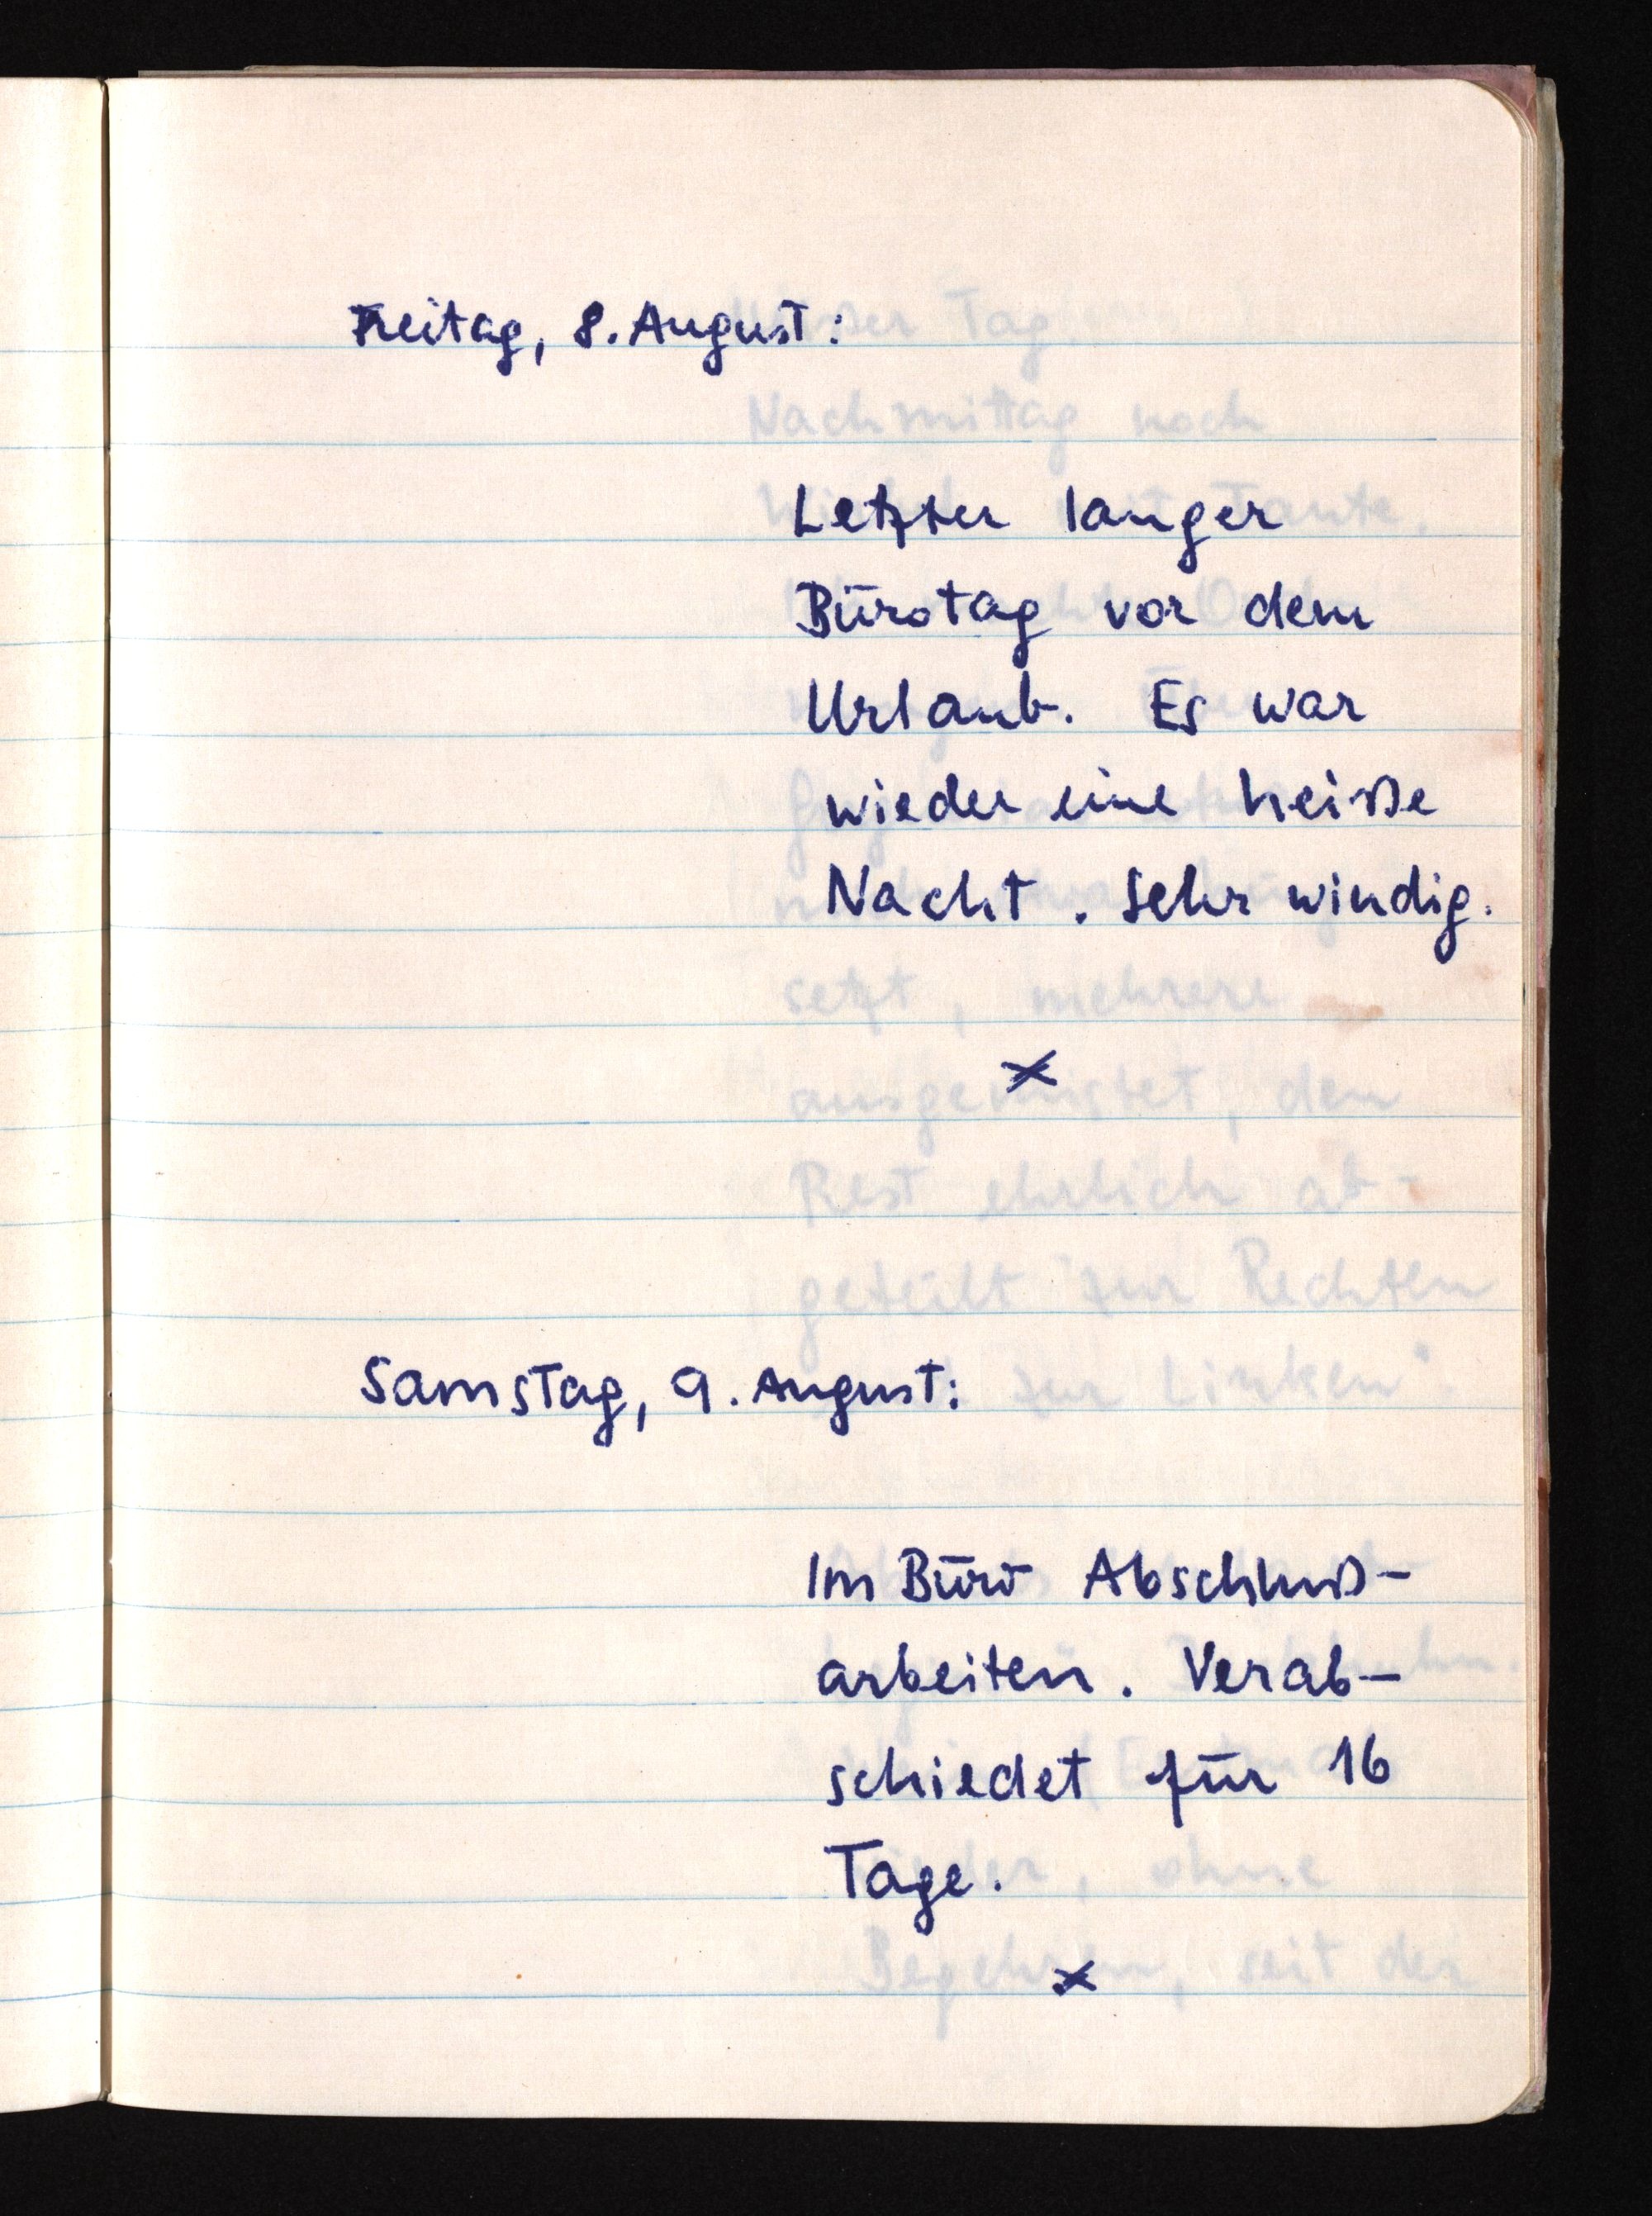
Freitag, 8. August:
Letzter langer
Bürotag vor dem
Urlaub. Es war
wieder eine heiße
Nacht. Sehr windig.
Samstag, 9. August:
Im Büro Abschluß¬
arbeiten. Verab¬
schiedet für 16
Tage.